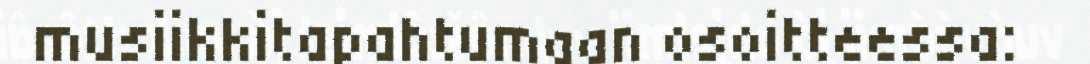
musiikkitapahtumaan osoitteessa: